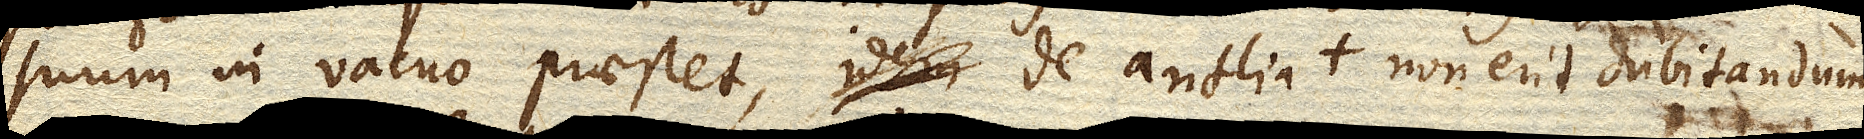
suum in vacuo praestet, idem de antlia non erit dubitandum.